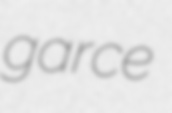
garce